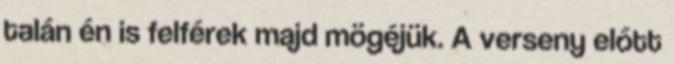
talán én is felférek majd mögéjük. A verseny előtt